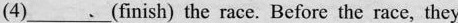
(4)___(finish) the race. Before the race, they